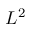
L ^ { 2 }